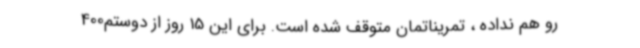
رو هم نداده ، تمریناتمان متوقف شده است. برای این 15 روز از دوستم400